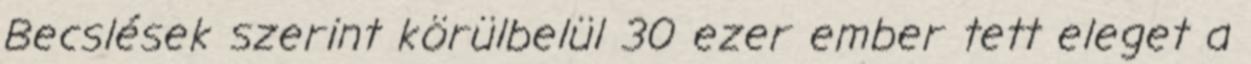
Becslések szerint körülbelül 30 ezer ember tett eleget a